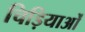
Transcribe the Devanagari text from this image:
चिड़ियाओं